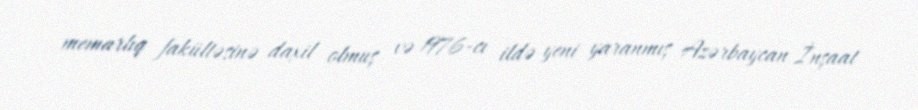
memarlıq fakültəsinə daxil olmuş və 1976-cı ildə yeni yaranmış Azərbaycan İnşaat